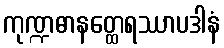
ကုဏ္ဍဓာနတ္ထေရဿာပဒါနံ